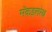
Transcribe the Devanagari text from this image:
मॅकइलरेथ